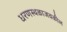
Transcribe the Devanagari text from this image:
धरणस्थळाजवळील